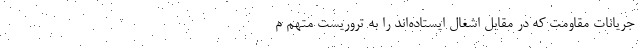
جریانات مقاومت که در مقابل اشغال ایستاده‌اند را به تروریست متهم م